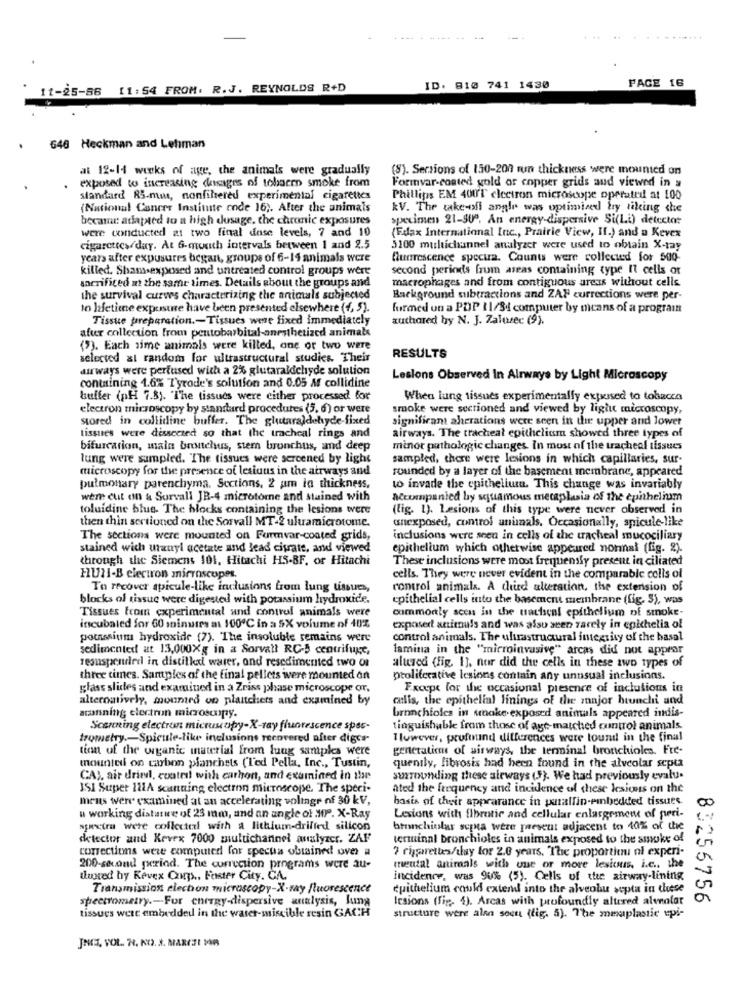
....
...
... +
PAGE 16
11-25-86 11:54 FROM. R.J. REYNOLDS R+D
ID: 810 741 1430
646 Heckman and Lehman
at 12-14 weeks of age, the animals were gradually
(8). Sersions of 150-200 run thickness were mounted on
exposed to increasing dosages of tobacco smoke from
Formvar-coated gold of copper grids aud viewed in a
standard RS.mm, nonfiltered experimental cigarettes
Phillips EM 400'T electron microscope operated at 100
(National Cancer Institute code 16). After the animals
kV. The take-off angle was optimized try tiking che
became adataed to a high dusage, the chronic exposures
specimen 21-909. An energy-dispersive Si(Li) detector
(Fdlax International Inc ., Prairie View, If.) and a Kevex
were conducted at two final dose levels, 7 and 10
cigarettes duy. At G-munich intervals between 1 and 2.5
5100 multichannel analyzer were used to obtain X-tay
years after expusures began, groups of 6-14 animals were
fluorescence spectra. Counts were collected for 500-
killed. Shamsexposed and untreated control groups were
second periods frum areas containing type Il cells or
macrophages and from contiguous areas without cells
sacrificed at the same times. Details about the groups and
the survival curws characterizing the animals subjected
Background subtractions and ZAP corrections were per-
to lifetiene exposure have been presented elsewhere (4, 5).
formed un a POP 11/84 computer by micans of a program
Tissue preparation .- Tissues were fixed immediately
authored hy N. J. Zalurec (9).
afur collection from pentobarbital-anesthetized animals
(3). Each sime animals were killed, one or two were
selected at random for ultrastructural studies. Their
RESULTS
airways were perfused with a 2% glutaraldichyde solution
Lesions Observed In Airways by Light Microscopy
containing 1.6% Tyrode's solution and 0.05 M collidine
buffer (pH 7.8). "The tissues were either processed for
When lung tissues experimentalfy exposed to tobacco
electron microscopy by standard procedures (5, 6) or were
smoke were sectioned and viewed by light microscopy,
stored in collidine buffer. The glutaraldehyde-fixed
significant aherations were seen in the upper and lower
tissues were dissected so that the tracheal rings and
airways. The tracheal epithelium showed three types of
bifurcation, maln bnschus, stem bronchus, and deep
minor pathologic changes. In most of the tracheal tissues
lung were sumpled. The tissues were sercened by light
sampled, there were lesions in which capillaries, sur-
microscopy for the presence of lesiuus in the airways and
rounded by a layer of the basement membrane, appeared
pulmonary parenchyma. Sections, 2 am la thickness,
to invade the epithelium. This change was invariably
were cut on & Survall JB-4 microtorne and stained with
Accompanied by squamous metaplasia of the epithelium
toluidine blue. The blocks containing the lesions were
(fig. 1). Lesions of this type were never observed in
then thin sectioned on the Sorvall MT-2 uluamicrotome.
unexposed, control anunals. Occasionally, spicule-like
The sections were mounted on Formvar-coated grids,
inclusions were seen in cells of the tracheal mucociliary
stained wich utanyl acetate and lead citrate, and viewed
epithelium which otherwise appeared normal (fig. 2).
through the Siemens 101, Hitachi HS-BF, or Hitachi
These inclusions were most frequently present in ciliated
HUI-B electron microscopes.
cells. They were never evident in the comparable colis of
To recover spicule-like inclusions from lung tissues,
control animals. A churd alteration, the extension of
blocks of tissue were digested with potassium hydroxide.
epithelial cells into the basement membrane (fig. 5), was
Tissues from experimental and control animals were
commonly scen in the uartsenl epithelium of smoke-
incubated for 60 minutes at 100℃ in a 5X volume of 40%
exposert animals and was also seen zarely in epichelia of
potassium hydroxide (7). The insoluble remains were
control animals. The ultrastructural integrity of the basal
sedimented at 13,000Xg in a Sorvall RC-5 centrifuge,
lamina in the "microinvasive" arcas did not appear
resuspended in distilkal warer, and resedimented two or
aluved (fig. 1]. nor did the cells in these two types of
three times. Samples of the final pellets were mounted on
proliferative lesions contain any unusual inclusions.
glass slides and examined in a Zriss phase microscope or,
Except for the occasional presence of inclulions in
alternatively, mounted on plantchets and examined by
clis, the epithelial linings of the major htunchi and
scanning electron microscopy.
bronchioles in smoke exposed animals appeared indis-
Scanning electron microscopy-X-ray fluorescence spss-
tinguishable from those of age-matched control animals.
trometry .- Spicule-like inclusions recovered after diges-
I lowever, profound differences were tound in the final
tion of the organic material from lung samples were
generations of airways, the terminal bronchioles. Fre-
mounted on carbon planchets (Ted Pella, Inc ., Tustin,
quenily, fibrosis had been found in the alveolar septa
CAI, air drie, coated with carhon, and examined in the
surrounding these airways (5). We had previously evalu.
ISI Super 111A scanning electron microscope. The speci-
ated the frequency and incidence of these lesions on the
mens were examined at an accelerating voltage of 30 kV,
basis of their appearance in purallin-embedded tissues.
u working distatue of 23 mm, and an angle of MPº. X-Ray
Lesions with fibrotir and cellular enlargement of peri-
spectra were collectezl with a lithium-drifted silicon
bronchioslas scata were prevent adjacent to 40% of the
detector and Kevex 7000 multichannel analyzer. ZAF
terminal bronchioles in animals exposed to the smoke of
corrections were computed for specta obtained over #
? cigarettes/day for 2.6 years. The proportion ni experi-
200-second period. The correction programs were au-
mental animals with one or more lesions, i.e. the
tuxted by Kovex Corp ., Faster City. CA.
incidence, was 90% (5). Cells of the airway-lining
Transmission electron microscopy-X-ray fluorescence
epithelium couk extend into the alveolu septa in these
spectrometry .- For energy-dispersive analysis, Jung
Icsions (Fig. 4). Arcas with profoundly altered alveolar
83255756
tissues were embedded in the water-miscible resin GACH
structure were alan soeu (fig. 5). The menuplastic epi-
JNCZ, VOL. R. KO. 3. MARCZI IR